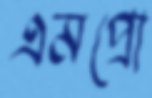
এমপ্রো